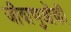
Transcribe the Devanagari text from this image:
जीवाणुओंकी